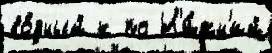
во́дный к по Н'и́жн'ий